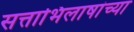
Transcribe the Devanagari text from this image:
सत्ताभिलाषांच्या